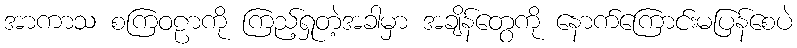
အာကာသ စကြဝဠာကို ကြည့်ရှုတဲ့အခါမှာ အချိန်တွေကို နောက်ကြောင်းမပြန်စေပဲ